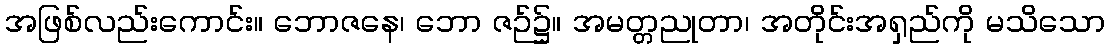
အဖြစ်လည်းကောင်း။ ဘောဇနေ၊ ဘော ဇဉ်၌။ အမတ္တညုတာ၊ အတိုင်းအရှည်ကို မသိသော